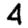
Digit: 4